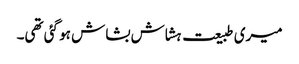
میری طبیعت ہشاش بشاش ہو گئی تھی۔